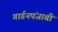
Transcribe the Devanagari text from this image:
गार्डनपंजाबी